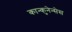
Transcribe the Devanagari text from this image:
कान्कुनेन्सेस